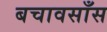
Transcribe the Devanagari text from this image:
बचावसाँस